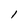
Character: l